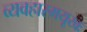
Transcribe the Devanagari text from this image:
व्यवहारमयूखः